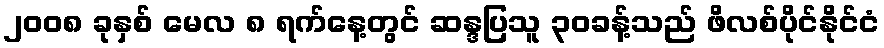
၂၀၀၈ ခုနှစ် မေလ ၈ ရက်နေ့တွင် ဆန္ဒပြသူ ၃၀ခန့်သည် ဖိလစ်ပိုင်နိုင်ငံ